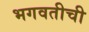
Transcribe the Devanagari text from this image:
भगवतीची